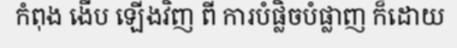
កំពុង ងើប ឡើងវិញ ពី ការបំផ្លិចបំផ្លាញ ក៏ដោយ